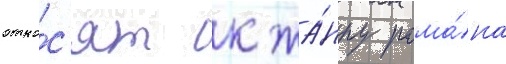
отно́с'ят к жа́нру рома́на